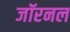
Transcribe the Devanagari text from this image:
जॉरनल